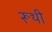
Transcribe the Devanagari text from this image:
रूथी